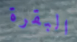
البقرة